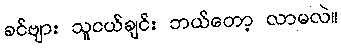
ခင်ဗျား သူငယ်ချင်း ဘယ်တော့ လာမလဲ။